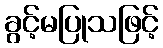
ခွင့်မပြုသဖြင့်